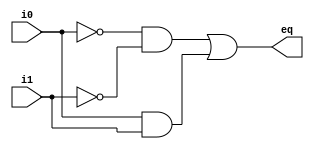
module eq1
    (
    input  wire i0, i1,
    output wire eq
    );

    // signal declaration
    wire p0, p1;

    // body
    // sum of two product terms
    assign eq = p0 | p1;
    // product terms
    assign p0 = ~i0 & ~i1;
    assign p1 = i0 & i1;

endmodule